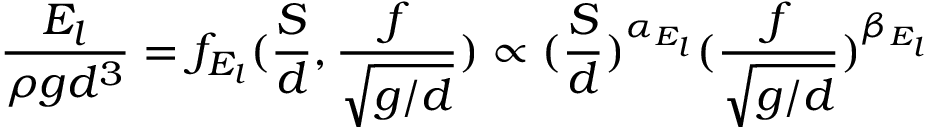
\frac { E _ { l } } { \rho g d ^ { 3 } } = f _ { E _ { l } } ( \frac { S } { d } , \frac { f } { \sqrt { g / d } } ) \propto ( \frac { S } { d } ) ^ { \alpha _ { E _ { l } } } ( \frac { f } { \sqrt { g / d } } ) ^ { \beta _ { E _ { l } } }